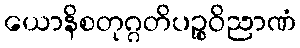
ယောနိစတုဂ္ဂတိပဉ္စဝိညာဏံ